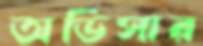
অভিসার